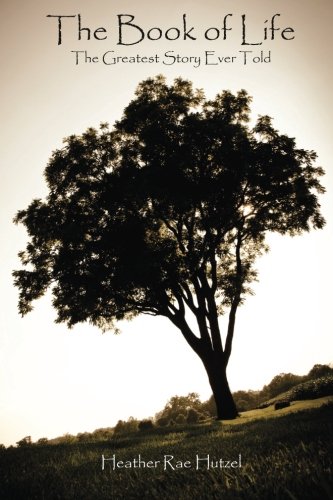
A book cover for The Book of Life: The Greatest Story Ever Told; Heather Rae Hutzel; Christian Books & Bibles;